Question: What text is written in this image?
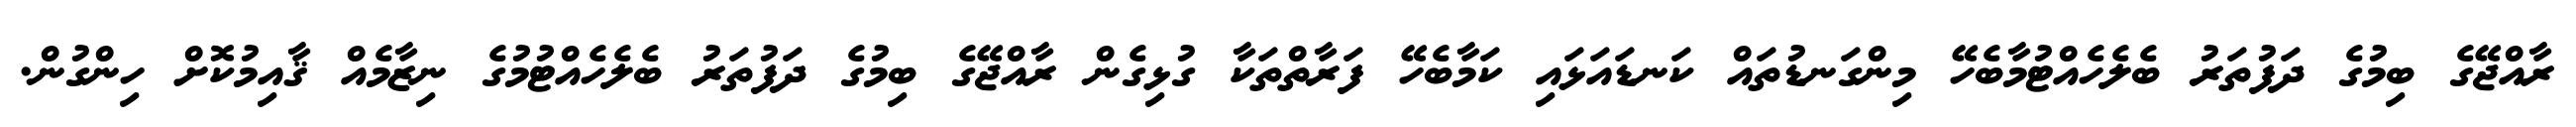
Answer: ރާއްޖޭގެ ބިމުގެ ދަފުތަރު ބެލެހެއްޓުމާބެހޭ މިންގަނޑުތައް ކަނޑައަޅައި ކަމާބެހޭ ފަރާތްތަކާ ގުޅިގެން ރާއްޖޭގެ ބިމުގެ ދަފުތަރު ބެލެހެއްޓުމުގެ ނިޒާމެއް ޤާއިމުކޮށް ހިންގުން.